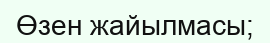
Өзен жайылмасы;